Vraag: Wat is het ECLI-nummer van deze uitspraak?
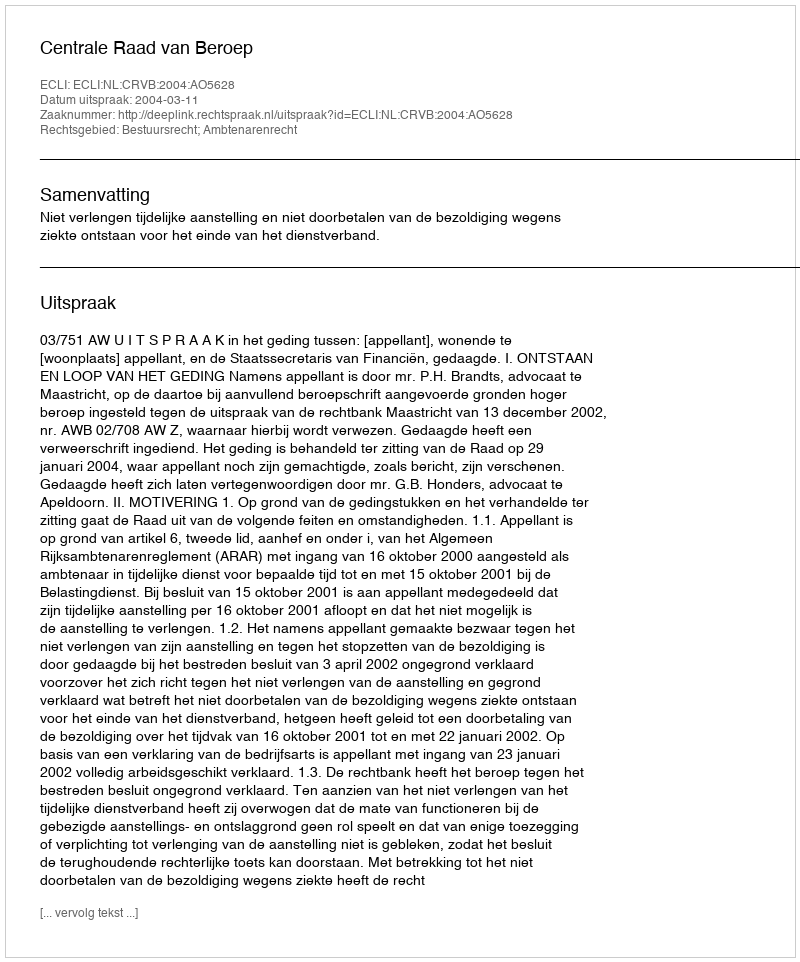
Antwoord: ECLI:NL:CRVB:2004:AO5628